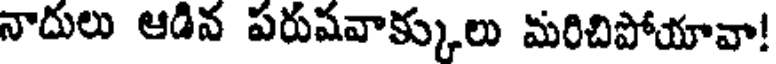
నాదులు ఆడివ పరుషవాక్కులు మరిచిపోయావా!